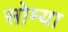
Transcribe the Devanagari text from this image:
सोम्या